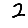
Digit: 2